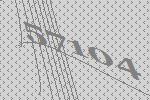
57104